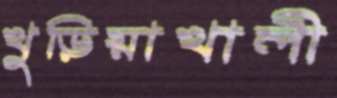
খুড়িয়াখালী